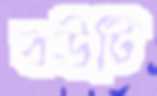
বউটি